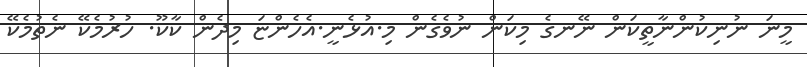
މީނަ ނުނިކުންނާތީކަން ނޭނގެ މިކަން ނުވެގެން މި.އުޅެނީ.އެހެންޏަ މިދެން ކާކޫ. ހުރުމެކޭ ނެތުމެކޭ